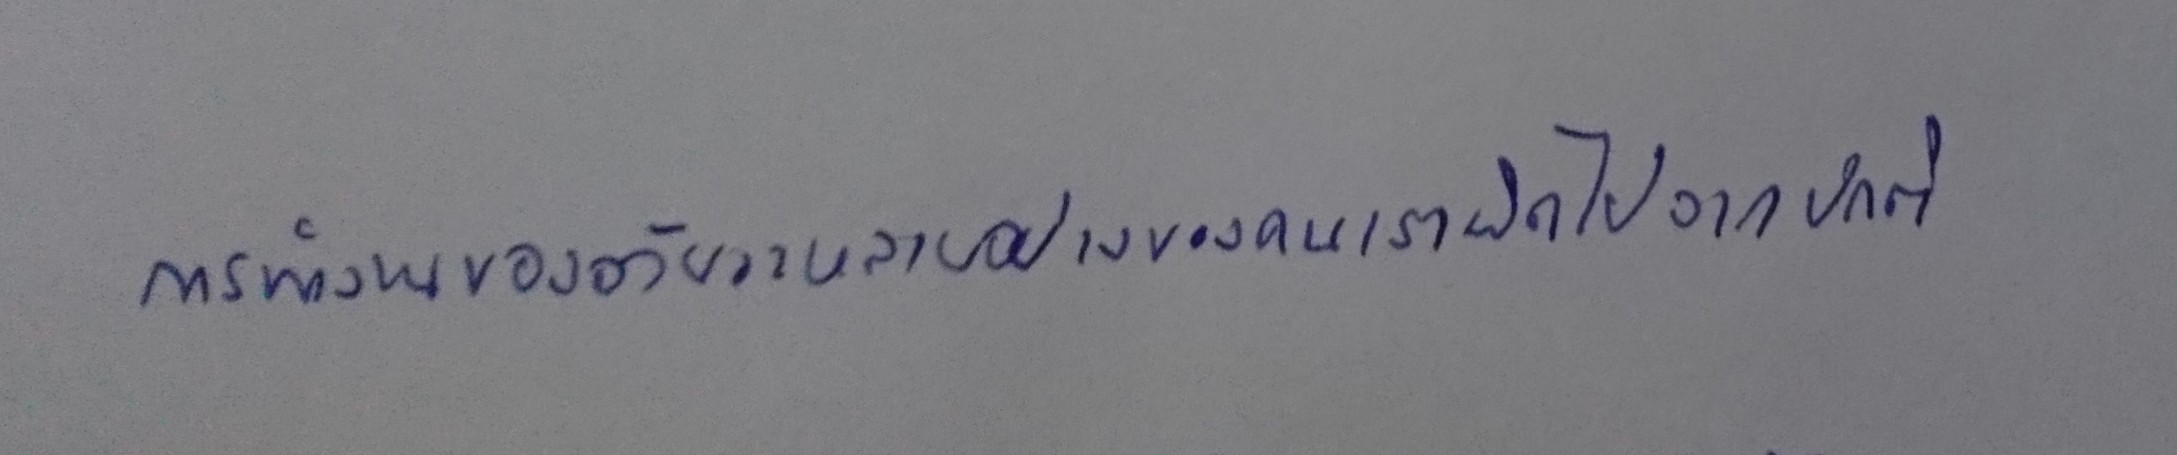
การทำงานของอวัยวะหลายอย่างของคนเราผิดไปจากปกติ